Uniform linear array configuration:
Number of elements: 32
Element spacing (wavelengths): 0.25
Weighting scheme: exponential
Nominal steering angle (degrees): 30
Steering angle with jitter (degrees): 30.328
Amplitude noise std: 0.05
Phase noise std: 0.05

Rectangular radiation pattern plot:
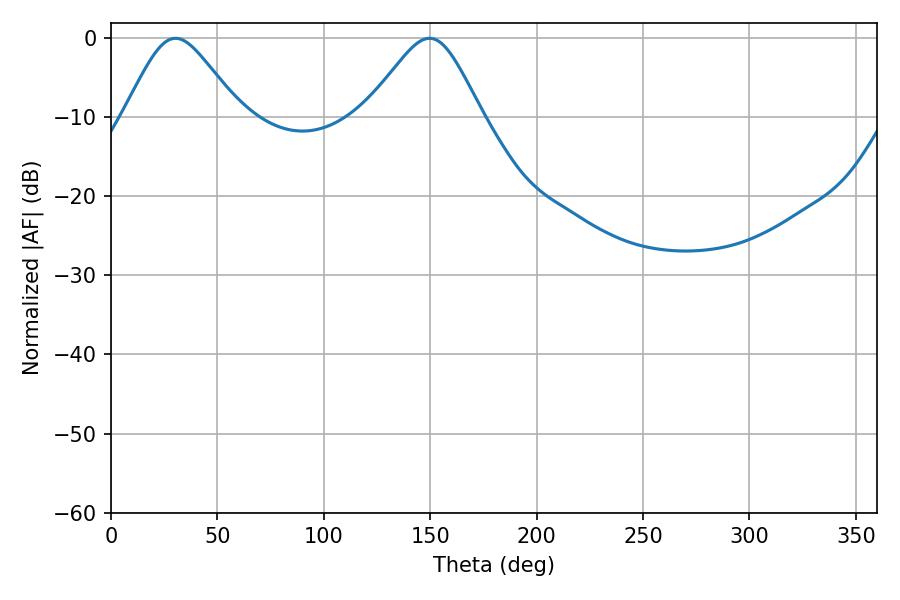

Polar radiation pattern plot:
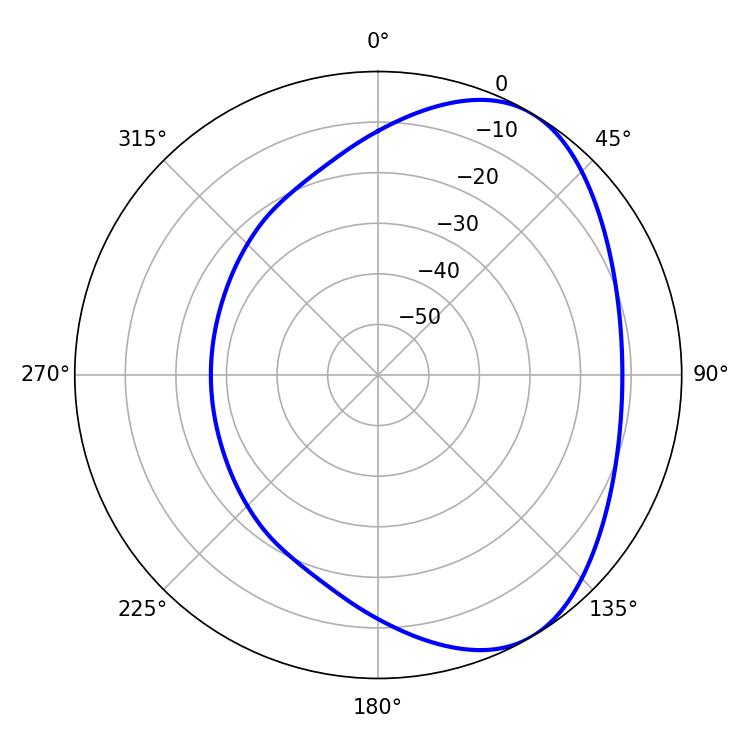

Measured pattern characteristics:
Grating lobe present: FALSE
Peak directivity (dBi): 5.093
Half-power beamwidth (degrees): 26.64
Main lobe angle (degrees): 30.24